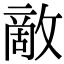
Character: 敵